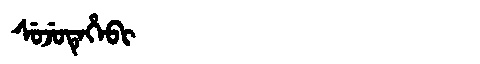
Manchu: ᠰᡠᠵᡠᡨᡝᡥᡝᠪᡳ
Romanization: SUJUTEHEBI